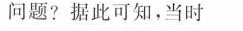
问题?据此可知，当时